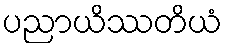
ပညာယိဿတိယံ